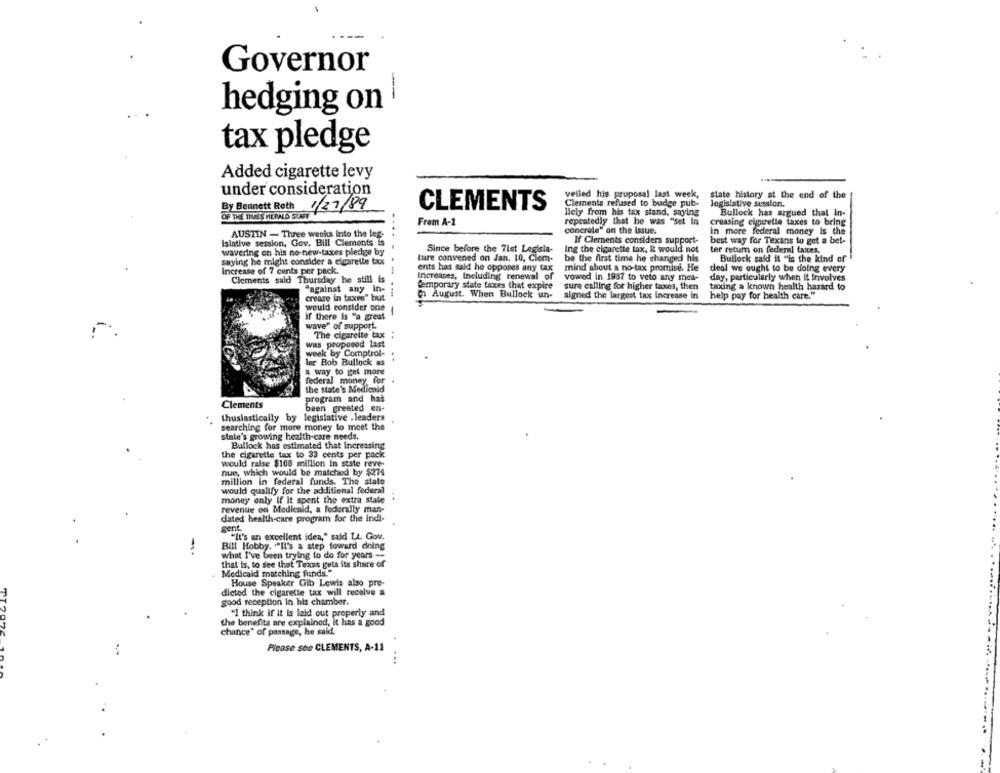
Governor
--
hedging on
tax pledge
Added cigarette levy
under consideration
veiled his proposal last week,
state history at the end of the
By Bennett Roth
1/27/89
CLEMENTS
Clements refused to budge pub-
legislative session.
OF THE TIMES HERALD SCAFF
licly from his tax stand, saying
Bullock has argued that in-
From A-1
repeatedly that he was "set In
creasing cigarette taxes to bring
concrele" on the Issue.
In more federal money is the
AUSTIN - Three weeks Into the leg-
If Clernents considers support-
best way for Texans to get a bet-
islative session, Gov. Bill Clements is
....
Since before the 7ist Legisla-
wavering on his no-new-taxes pledge by
Ing the cigarette tax, it would not
ter return on federal taxes.
saying he might consider a cigarette tax
ture convened on Jan. 10, Clem-
be the first time he changed his
Bullock said it "is the kind of
increase of 7 cents per pack.
ents has said he opposes any tax
mind about a no-tax promise. He
deal we ought to be doing every
Clements said Thursday he still is
Increases, Including renewal of
vowed in 1937 to veto any mes-
day, particularly when it involves
Cemporary state taxes that expire
sure calling for higher taxes, then
taxing a known health hazard to
"against any in-
---
On August. When Bullock un-
signed the largest tax Increase in
help pay for health care."
crease in taxes" but
would consider one
if there Is "a great
-
wave" of support.
The cigareite tax
was proposed last
week by Comptrol-
ler Bob Bullock as
a way to get more
federal money for
the state's Medicald
program and has
Clements
been greeted en-
thusiastically by legislative . leaders
searching for more money to meet the
state's growing health-care needs.
Bullock has estimated that increasing
the cigarette tax to 33 cents per pack
would raise $168 million in state reve-
nue, which would be matched by $274
million in federal funds. The state
would qualify for the additional federal
money only If It spent the extra state
revenue on Medicald, a federally man-
dated health-care program for the indi-
gent.
"It's an excellent idea," said Lt. Gov.
Bill Hobby. "It's a step toward doing
what I've been trying to do for years --
that is, to see that Texas gets its share of
Medicaid matching funds."
House Speaker Gib Lewis also pre-
dicted the cigarette tax will receive a
good reception In his chamber.
"I think if it Is laid out properly and
the benefits are explained, it has a good
chance" of passage, he said.
Please see CLEMENTS, A-11
..